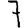
Digit: 7